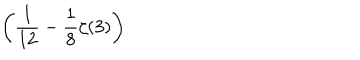
\displaystyle \left( \frac { 1 } { 1 2 } - \frac { 1 } { 8 } \zeta ( 3 ) \right)